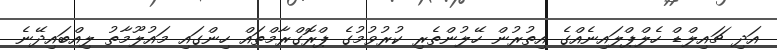
އަދި ޗައިލްޑް ހެލްޕްލައިނެއްގެ އިތުރުން ހޭލުންތެރި ކުރުވުމުގެ ޕްރޮގްރާމްތައް ހިންގައި މައުލޫމާތު ލިއްބައިދޭނެ